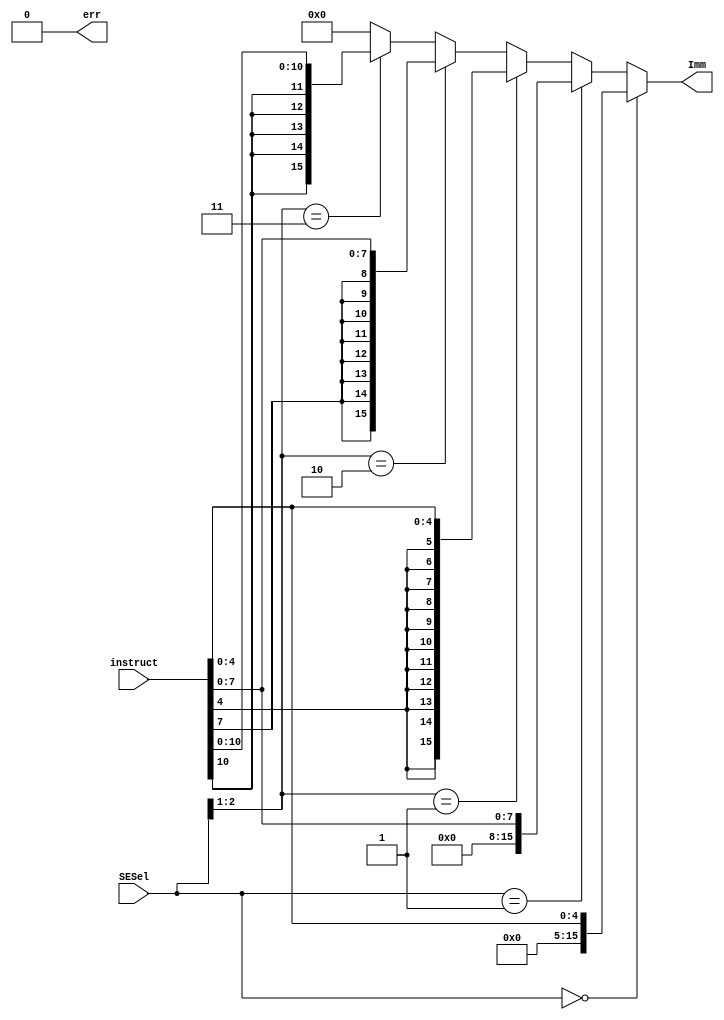
module ImmExt (
	// Inputs
	instruct, SESel,

	// Outputs
	err, Imm
	);

	input [15:0] instruct;
	input [2:0] SESel;

	output err;
	output [15:0] Imm;

	wire [15:0] sign_11, sign_8, sign_5, zero_8, zero_5;

	// Fill top 5 bits with the sign bit of instruct[10:0]
	assign sign_11 = {{5{instruct[10]}},instruct[10:0]};
	assign sign_8 = {{8{instruct[7]}},instruct[7:0]};
	assign sign_5 = {{11{instruct[4]}},instruct[4:0]};
	assign zero_8 = {{8{1'b0}},instruct[7:0]};
	assign zero_5 = {{11{1'b0}},instruct[4:0]};

	assign Imm = (SESel == 3'd0) ? zero_5 :
		(SESel == 3'd1) ? zero_8 :
		(SESel[2:1] == 2'd1) ? sign_5 :
		(SESel[2:1] == 2'd2) ? sign_8 :
		(SESel[2:1] == 2'd3) ? sign_11 :
		16'd0;

	assign err = 0;
endmodule